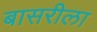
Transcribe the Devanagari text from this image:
बासरीला